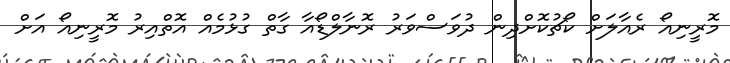
މޮރީނިއޯ ރެއާލަށް ކޯޗުކޮށްދިން ދުވަސްވަރު ރޮނާލްޑޯއާ ގާތް ގުޅުމެއް އޮތްއިރު މޮރީނިއޯ އަށް